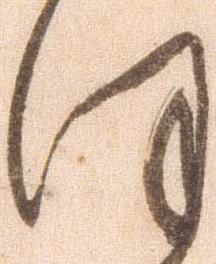
ほ